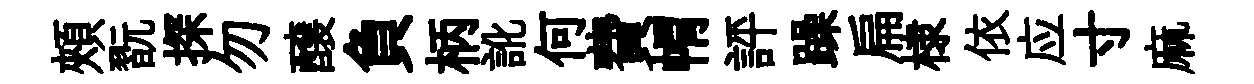
頰翫探勿醸負柄訛何費㡌評躁扁棣依应寸麻